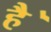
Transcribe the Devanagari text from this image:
है॓